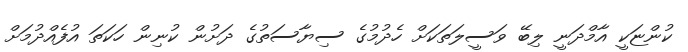
ކުންޏަކީ އާމްދަނީ ލިބޭ ވަސީލަތަކަށް ހެދުމުގެ ސިޔާސަތުގެ ދަށުން ކުނިން ހަކަތަ އުފެއްދުމަށް